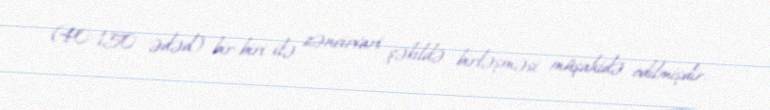
(40-150 ədəd) bir-biri ilə zəncirvari şəkildə birləşməsi müşahidə edilmişdir.